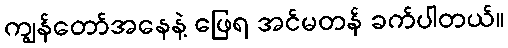
ကျွန်တော်အနေနဲ့ ဖြေရ အင်မတန် ခက်ပါတယ်။